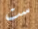
ست